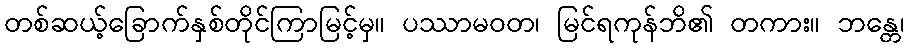
တစ်ဆယ့်ခြောက်နှစ်တိုင်ကြာမြင့်မှ။ ပဿာမဝတ၊ မြင်ရကုန်ဘိ၏ တကား။ ဘန္တေ၊